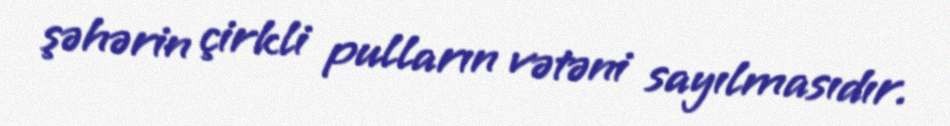
şəhərin çirkli pulların vətəni sayılmasıdır.